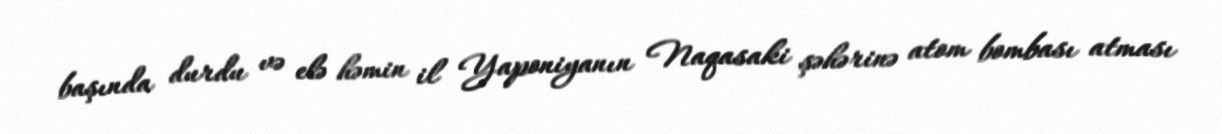
başında durdu və elə həmin il Yaponiyanın Naqasaki şəhərinə atom bombası atması